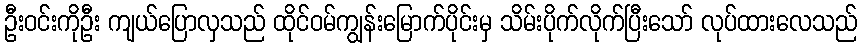
ဦးဝင်းကိုဦး ကျယ်ပြောလှသည် ထိုင်ဝမ်ကျွန်းမြောက်ပိုင်းမှ သိမ်းပိုက်လိုက်ပြီးသော် လုပ်ထားလေသည်